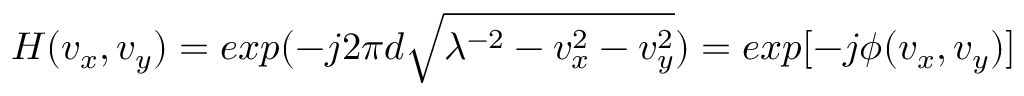
H ( v _ { x } , v _ { y } ) = e x p ( - j 2 \pi d \sqrt { \lambda ^ { - 2 } - v _ { x } ^ { 2 } - v _ { y } ^ { 2 } } ) = e x p [ - j \phi ( v _ { x } , v _ { y } ) ]